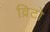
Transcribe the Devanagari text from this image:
व्रिटो